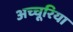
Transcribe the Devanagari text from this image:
अच्चूरिया